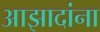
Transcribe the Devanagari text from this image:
आझादांना